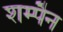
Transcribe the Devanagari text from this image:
शम्पैन